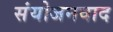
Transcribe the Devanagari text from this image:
संयोजनवाद